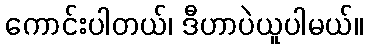
ကောင်းပါတယ်၊ ဒီဟာပဲယူပါမယ်။